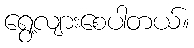
ရွေ့လျားစေပါတယ်။